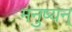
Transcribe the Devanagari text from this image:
मनुष्यन्